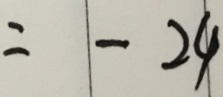
= - 2 4